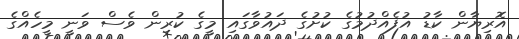
އޮރިޔާން ކާޑު އުފެއްދުމުގެ ކުށުގެ ދައުވާގައި މީގެ ކުރިން ވެސް ވަނީ މީހެއްގެ